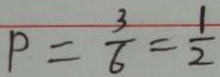
P = \frac { 3 } { 6 } = \frac { 1 } { 2 }